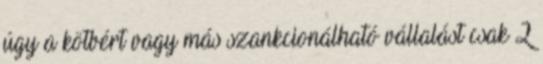
úgy a kötbért vagy más szankcionálható vállalást csak 2